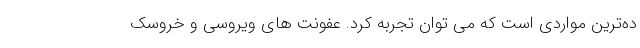
ده‌ترین مواردی است که می توان تجربه کرد. عفونت های ویروسی و خروسک